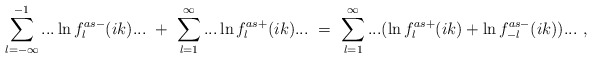
\begin{align*}\sum_{l=-\infty}^{-1}...\ln f^{as-}_l(ik)...\ +\ \sum_{l=1}^{\infty}...\ln f^{as+}_l(ik)...\ =\ \sum_{l=1}^{\infty}...(\ln f^{as+}_l(ik)+ \ln f^{as-}_{-l}(ik))...\ ,\end{align*}